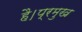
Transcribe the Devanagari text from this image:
है।प्रमुख